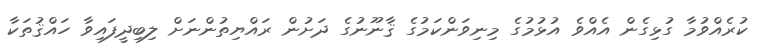
ކުރެއްވުމާ ގުޅިގެން އެއްވެ އުޅުމުގެ މިނިވަންކަމުގެ ޤާނޫނުގެ ދަށުން ރައްޔިތުންނަށް ލިބިދީފައިވާ ހައްޤުތަކާ